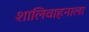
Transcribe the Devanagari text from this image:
शालिवाहनाला